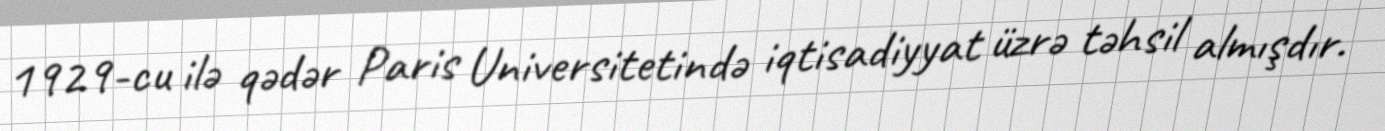
1929-cu ilə qədər Paris Universitetində iqtisadiyyat üzrə təhsil almışdır.